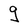
Character: g